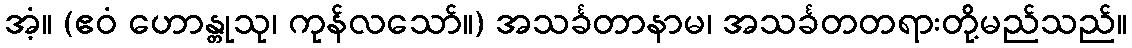
အံ့။ (ဧဝံ ဟောန္တုသု၊ ကုန်လသော်။) အသင်္ခတာနာမ၊ အသင်္ခတတရားတို့မည်သည်။